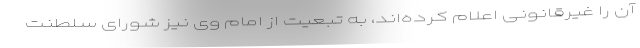
آن را غیرقانونی اعلام کرده‌اند، به تبعیت از امام وی نیز شورای سلطنت